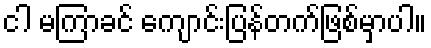
ငါ မကြာခင် ကျောင်းပြန်တက်ဖြစ်မှာပါ။